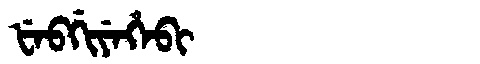
Manchu: ᡶᡝᠪᡤᡳᠶᡝᡥᡝᠪᡳ
Romanization: FEBGIYEHEBI